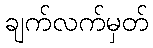
ချက်လက်မှတ်